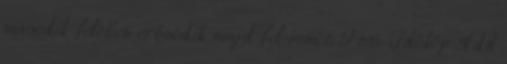
második felében erősödik majd fel ismét: Fotó: Időkép Add